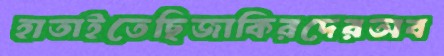
হাতাইতেছিজাকিরদেরঅব